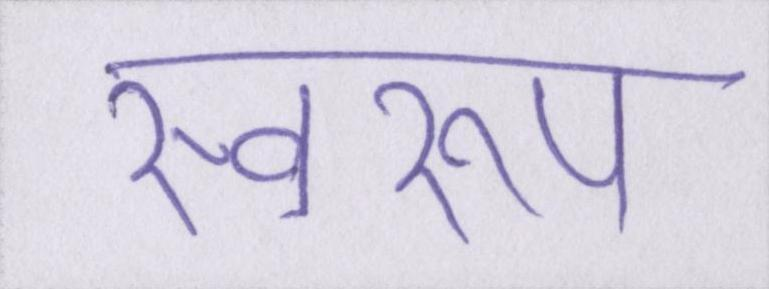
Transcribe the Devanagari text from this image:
स्वरूप